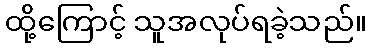
ထို့ကြောင့် သူအလုပ်ရခဲ့သည်။